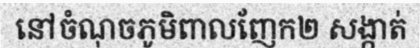
នៅចំណុចភូមិពាលញែក២ សង្កាត់